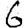
Digit: 6